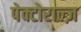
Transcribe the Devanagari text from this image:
पेक्टोराल्ज़